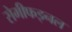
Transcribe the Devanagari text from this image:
सेमीफइनल